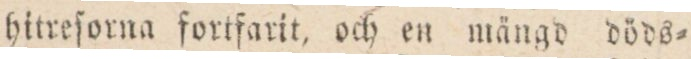
hitreſorna fortfarit, och en mängd döds=